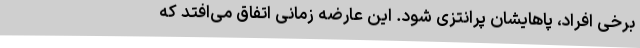
برخی افراد، پاهایشان پرانتزی شود. این عارضه زمانی اتفاق می‌افتد که